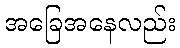
အခြေအနေလည်း